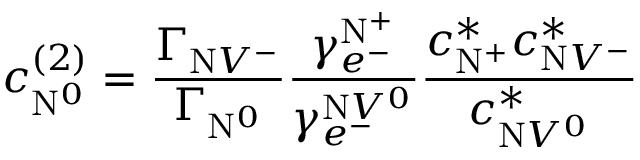
c _ { \mathrm { N } ^ { 0 } } ^ { ( 2 ) } = \frac { \Gamma _ { \mathrm { N } V ^ { - } } } { \Gamma _ { \mathrm { N } ^ { 0 } } } \frac { \gamma _ { e ^ { - } } ^ { \mathrm { N } ^ { + } } } { \gamma _ { e ^ { - } } ^ { \mathrm { N } V ^ { 0 } } } \frac { c _ { \mathrm { N } ^ { + } } ^ { * } c _ { \mathrm { N } V ^ { - } } ^ { * } } { c _ { \mathrm { N } V ^ { 0 } } ^ { * } }